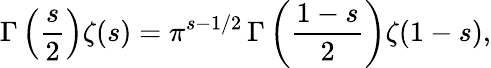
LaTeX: \Gamma\left(\frac{s}{2}\right)\zeta(s)=\pi^{s-1/2}\, \Gamma\left(\frac{1-s}{2}\right)\zeta(1-s),